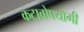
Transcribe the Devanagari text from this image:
कटावोपयोगी